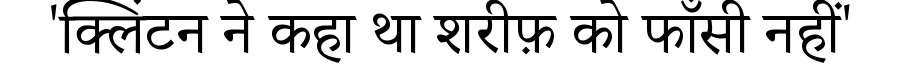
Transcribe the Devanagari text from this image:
'क्लिंटन ने कहा था शरीफ़ को फाँसी नहीं'